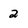
Character: 2